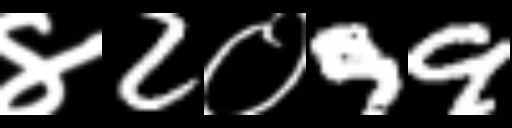
Text: ४2०99